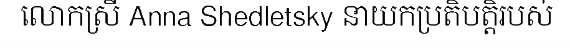
លោកស្រី Anna Shedletsky នាយកប្រតិបត្តិរបស់